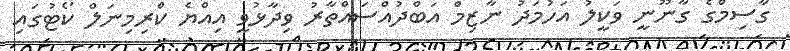
ގާސިމްގެ ގާނޫނީ ވަކީލު އަހުމަދު ނާޒިމް އަބްދުއްސައްތާރު ވިދާޅުވީ އިއްޔެ ކްރިމިނަލް ކޯޓުގައި